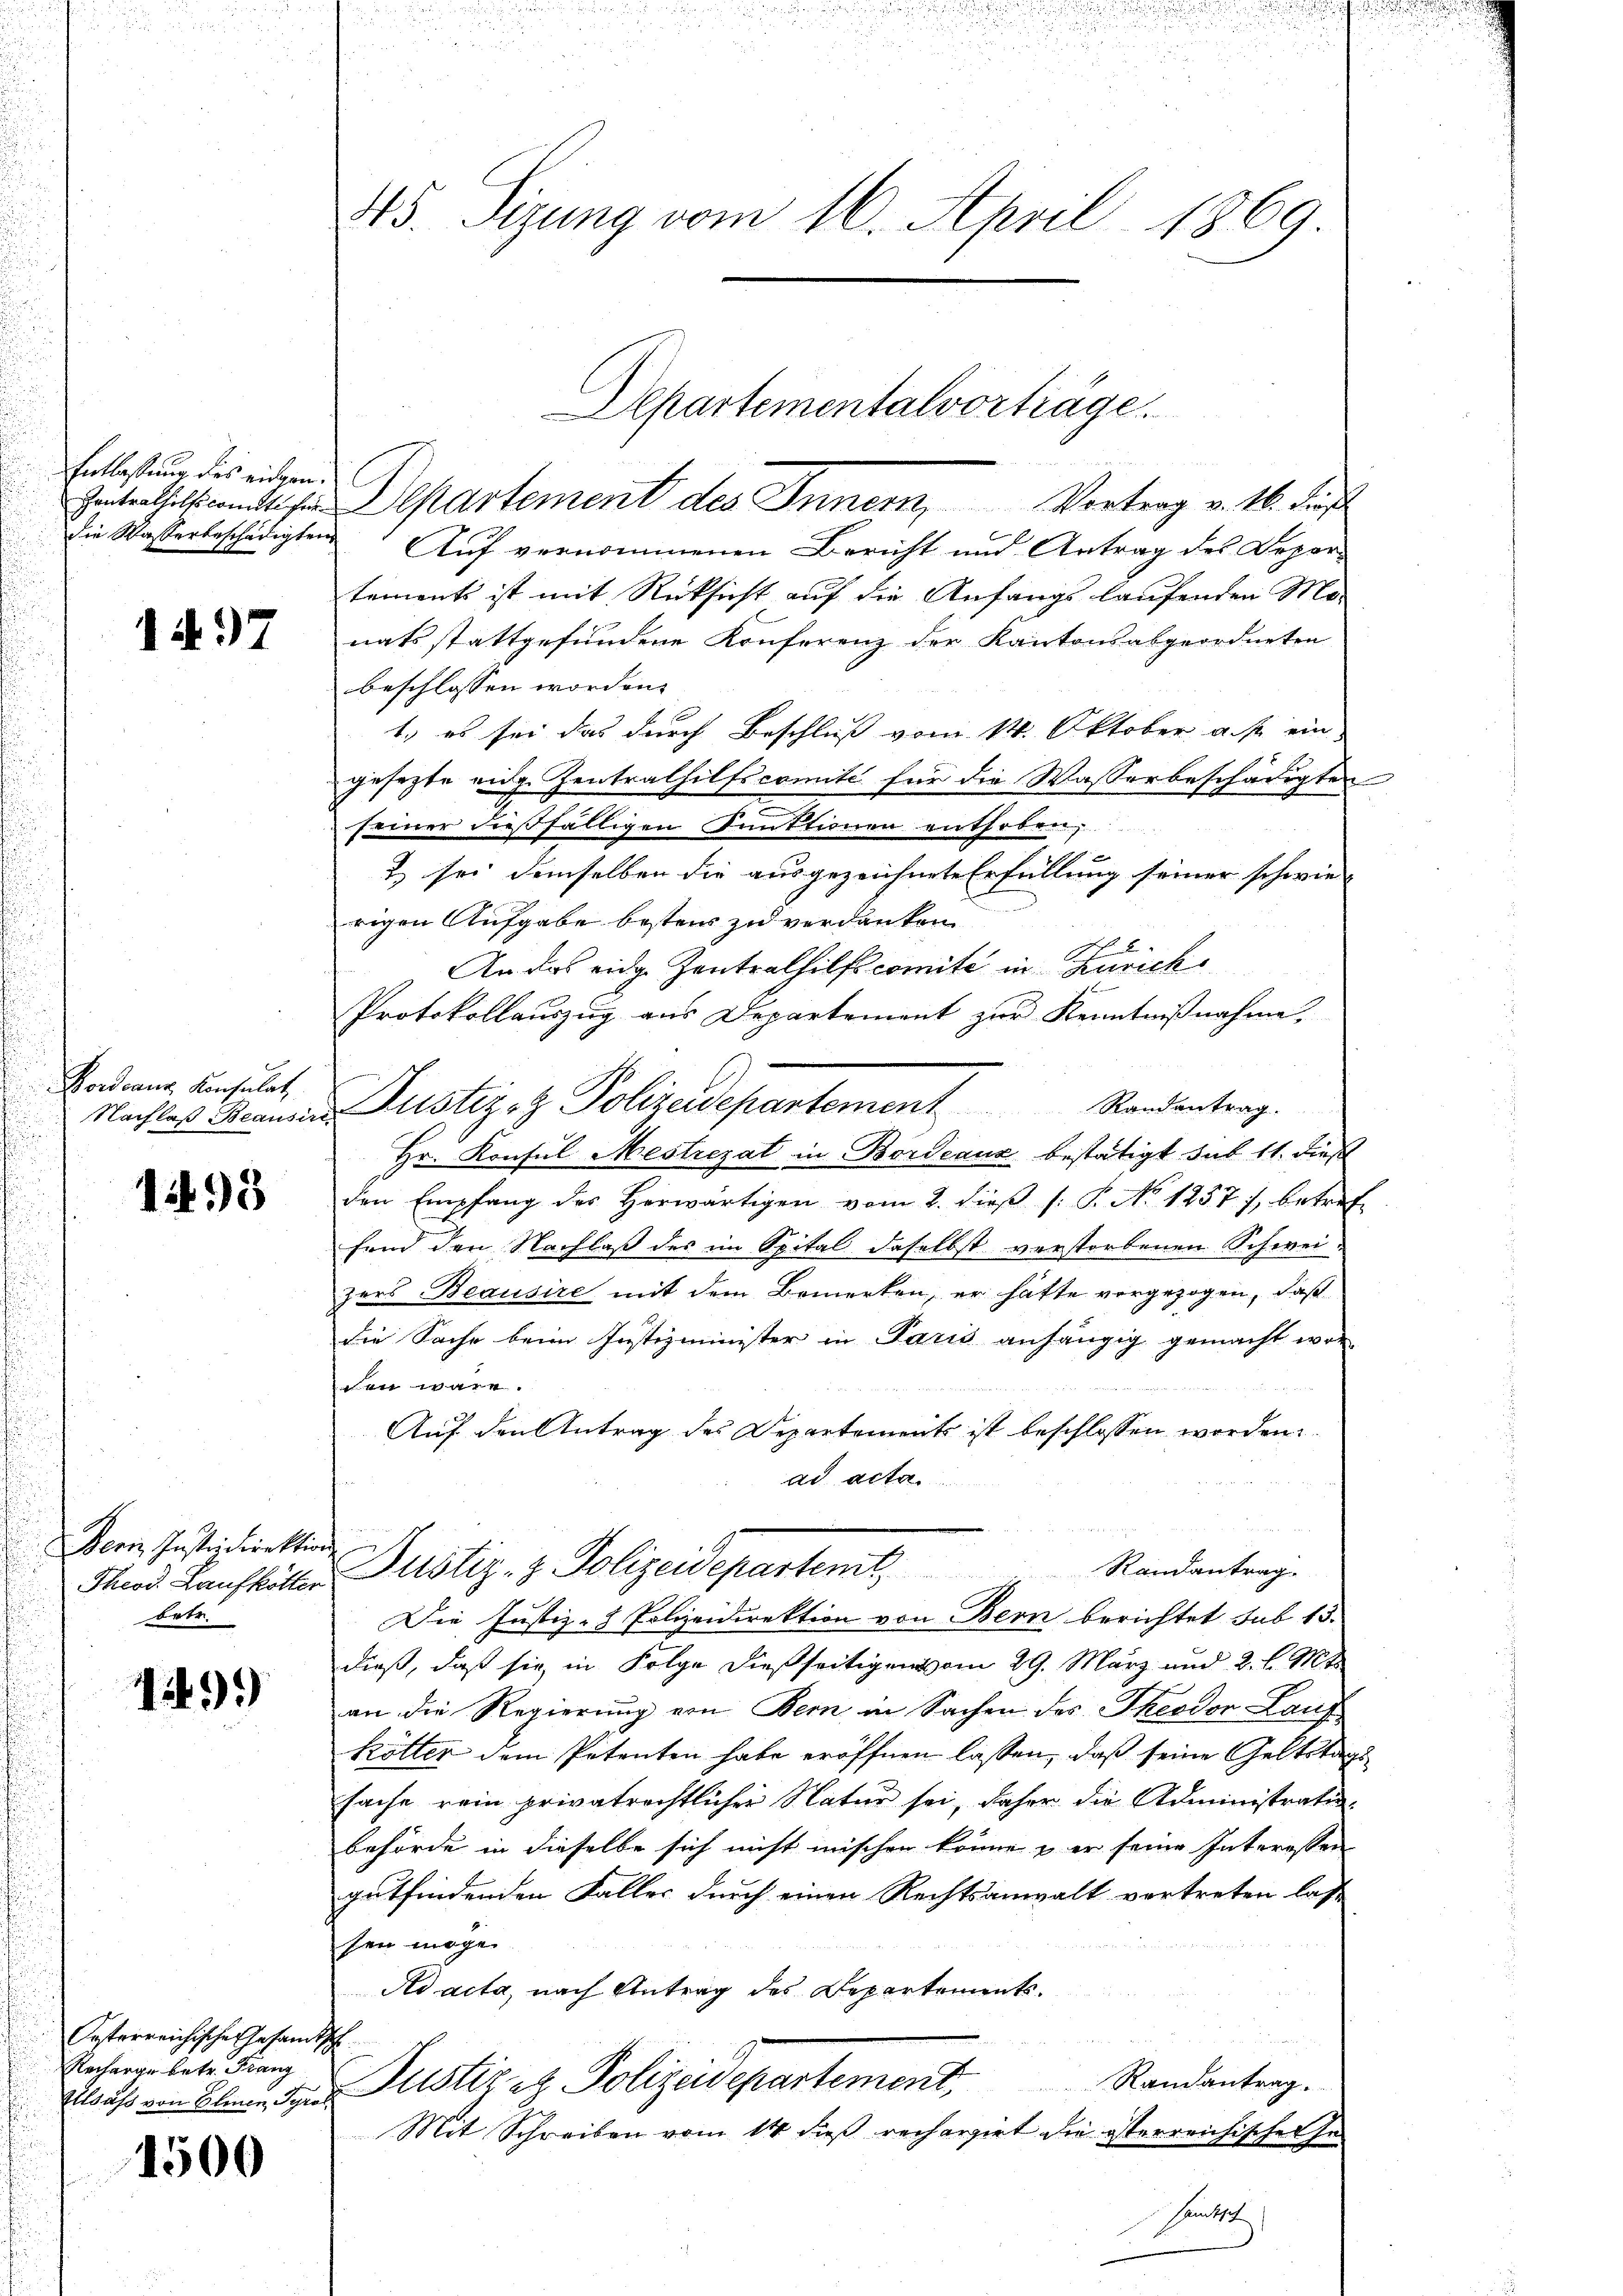
Entlassung des eidgen.
Zentrathilfscomite fer¬

1. 97

Rordonnes Konsulat

1498

Berin Instreidirektion
Theod. Laufkötter
betr.

1299)

Posterreichische Gesandt
Recharge betr. Franz

1500

45. Sizung vom 16. April 1869.

Departement des Innern, Vortrag v. M. das
die Wasserbeschädigten Auf vernommenen Bericht und Antrag des Departements ist mit Rücksicht auf die Anfangs laufenden Ma-
nats stattgefundene Konferenz der Kantons abgeordneten
beschlossen worden. |
1., es sei das durch Beschluß vom 14. Oktober a. p. ein
gesezte eidg. Zentralhilfscomité für die Wasserbeschädigten
seiner dießfälligen Punktionen enthoben,
2 sei demselben die ausgezeichnete Erfüllung seiner schwierigen Aufgabe bester zu verdanken
An das eidge Zentralhilfscomité in Zürich
Protokollauszug aus Departement zur Kenntnißnahme.
Nachtes Mannes Justizoz Polizeidepartement Randentrag.
Hr. Konsul Mestrezat in Bordeaux bestätigt sub 11. dieß
den Empfang des herwärtigen vom 2. dieβ (: P. No 1257), betref
fand den Nachlaß des im Spital daselbst verstorbenen Schweizers Beausire mit dem Bemerken, er hatte vorgezogen, daß
die Sache beim Justizminister in Paris anhängig gemacht wor
den wäre.
Auf den Antrag des Departements ist beschlossen worden.
ad acta
Justiz- & Polizeidepartent
Randantrag.
Die Justiz- & Polizeidirektion von Bern berichtet sub 13.
dieß, daß sie in Folge dießseitigen vom 29. März und 2. l. Mt
an die Regierung von Bern in Sachen des Theodor Lauf
kötter dem Petenten habe eröffnen lassen, daß seine Geltstags
sache rein privatrechtlicher Natur sei, daher die Administratur-
behörde in dieselbe sich nicht mischen könne & er seine Interessen
gutfindenden Falles durch einen Rechtsanwalt vertreten lass
sen möge.
Ad acta, nach Antrag des Departements.
s
Randantrag.
Klous von Elen der Justiz et Polizeidepartement,
Mit Schreiben vom 14. dieß rechargirt die österreichischen se
Hants

Departementalvorträge.